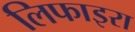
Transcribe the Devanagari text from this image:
लिफाइरा